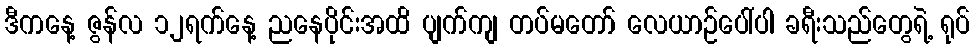
ဒီကနေ့ ဇွန်လ ၁၂ရက်နေ့ ညနေပိုင်းအထိ ပျက်ကျ တပ်မတော် လေယာဉ်ပေါ်ပါ ခရီးသည်တွေရဲ့ ရုပ်